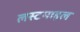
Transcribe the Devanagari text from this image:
लस्टमाइल